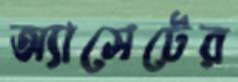
অ্যাসেটের